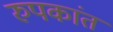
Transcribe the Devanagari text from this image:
रुपकांत